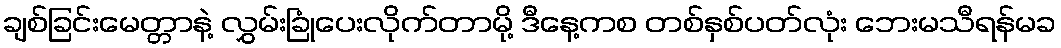
ချစ်ခြင်းမေတ္တာနဲ့ လွှမ်းခြုံပေးလိုက်တာမို့ ဒီနေ့ကစ တစ်နှစ်ပတ်လုံး ဘေးမသီရန်မခ